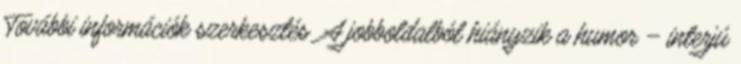
További információk szerkesztés A jobboldalból hiányzik a humor – interjú